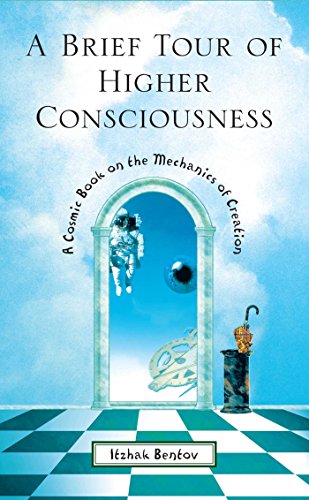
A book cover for A Brief Tour of Higher Consciousness: A Cosmic Book on the Mechanics of Creation; Itzhak Bentov; Religion & Spirituality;